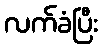
လက်ခံပြီး